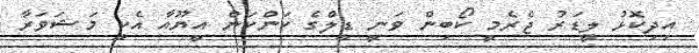
އިދިކޮޅު ލީޑަރު ޖެރެމީ ކޯބިން ވަނީ ޑީލްގެ ކަންކަން އީޔޫއާ އެކީ މަޝަވަރާ